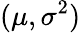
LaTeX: (\mu,\sigma^{2})